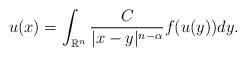
LaTeX: \begin{align*}u(x)=\int_{\mathbb{R}^n}\frac{C}{|x-y|^{n-\alpha}}f(u(y))dy.\end{align*}